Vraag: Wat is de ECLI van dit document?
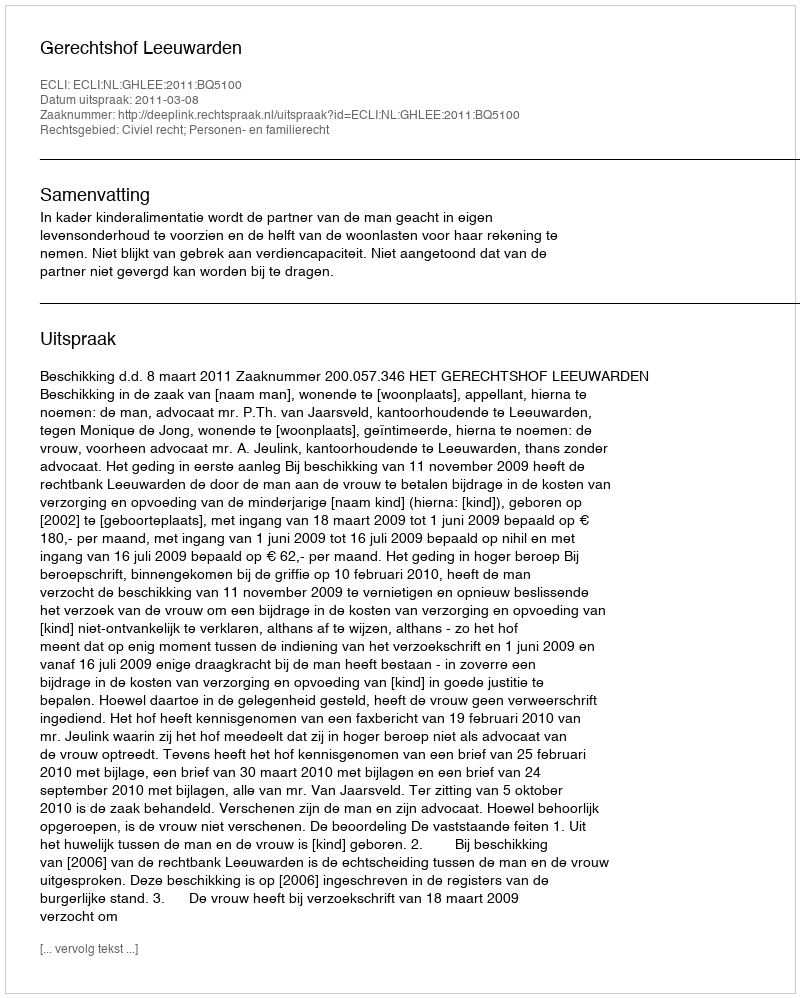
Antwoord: ECLI:NL:GHLEE:2011:BQ5100